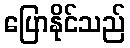
ပြောနိုင်သည်